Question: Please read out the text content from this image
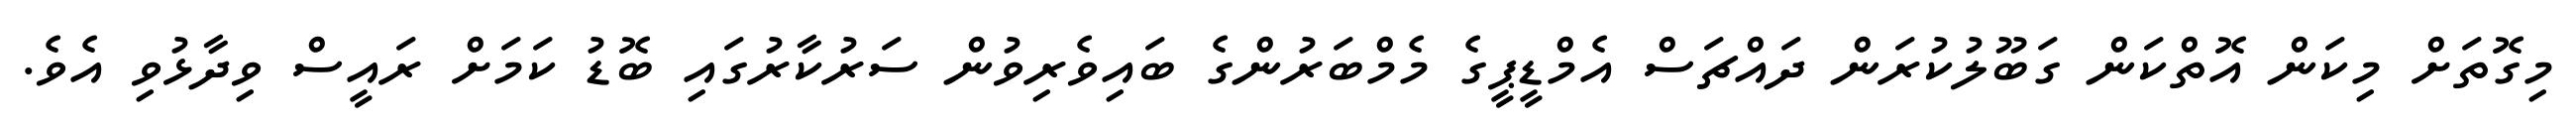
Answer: މިގޮތަށް މިކަން އޮތްކަން ގަބޫލުކުރަން ދައްޗަސް އެމްޑީޕީގެ މެމްބަރުންގެ ބައިވެރިވުން ސަރުކާރުގައި ބޮޑު ކަމަށް ރައީސް ވިދާޅުވި އެވެ.